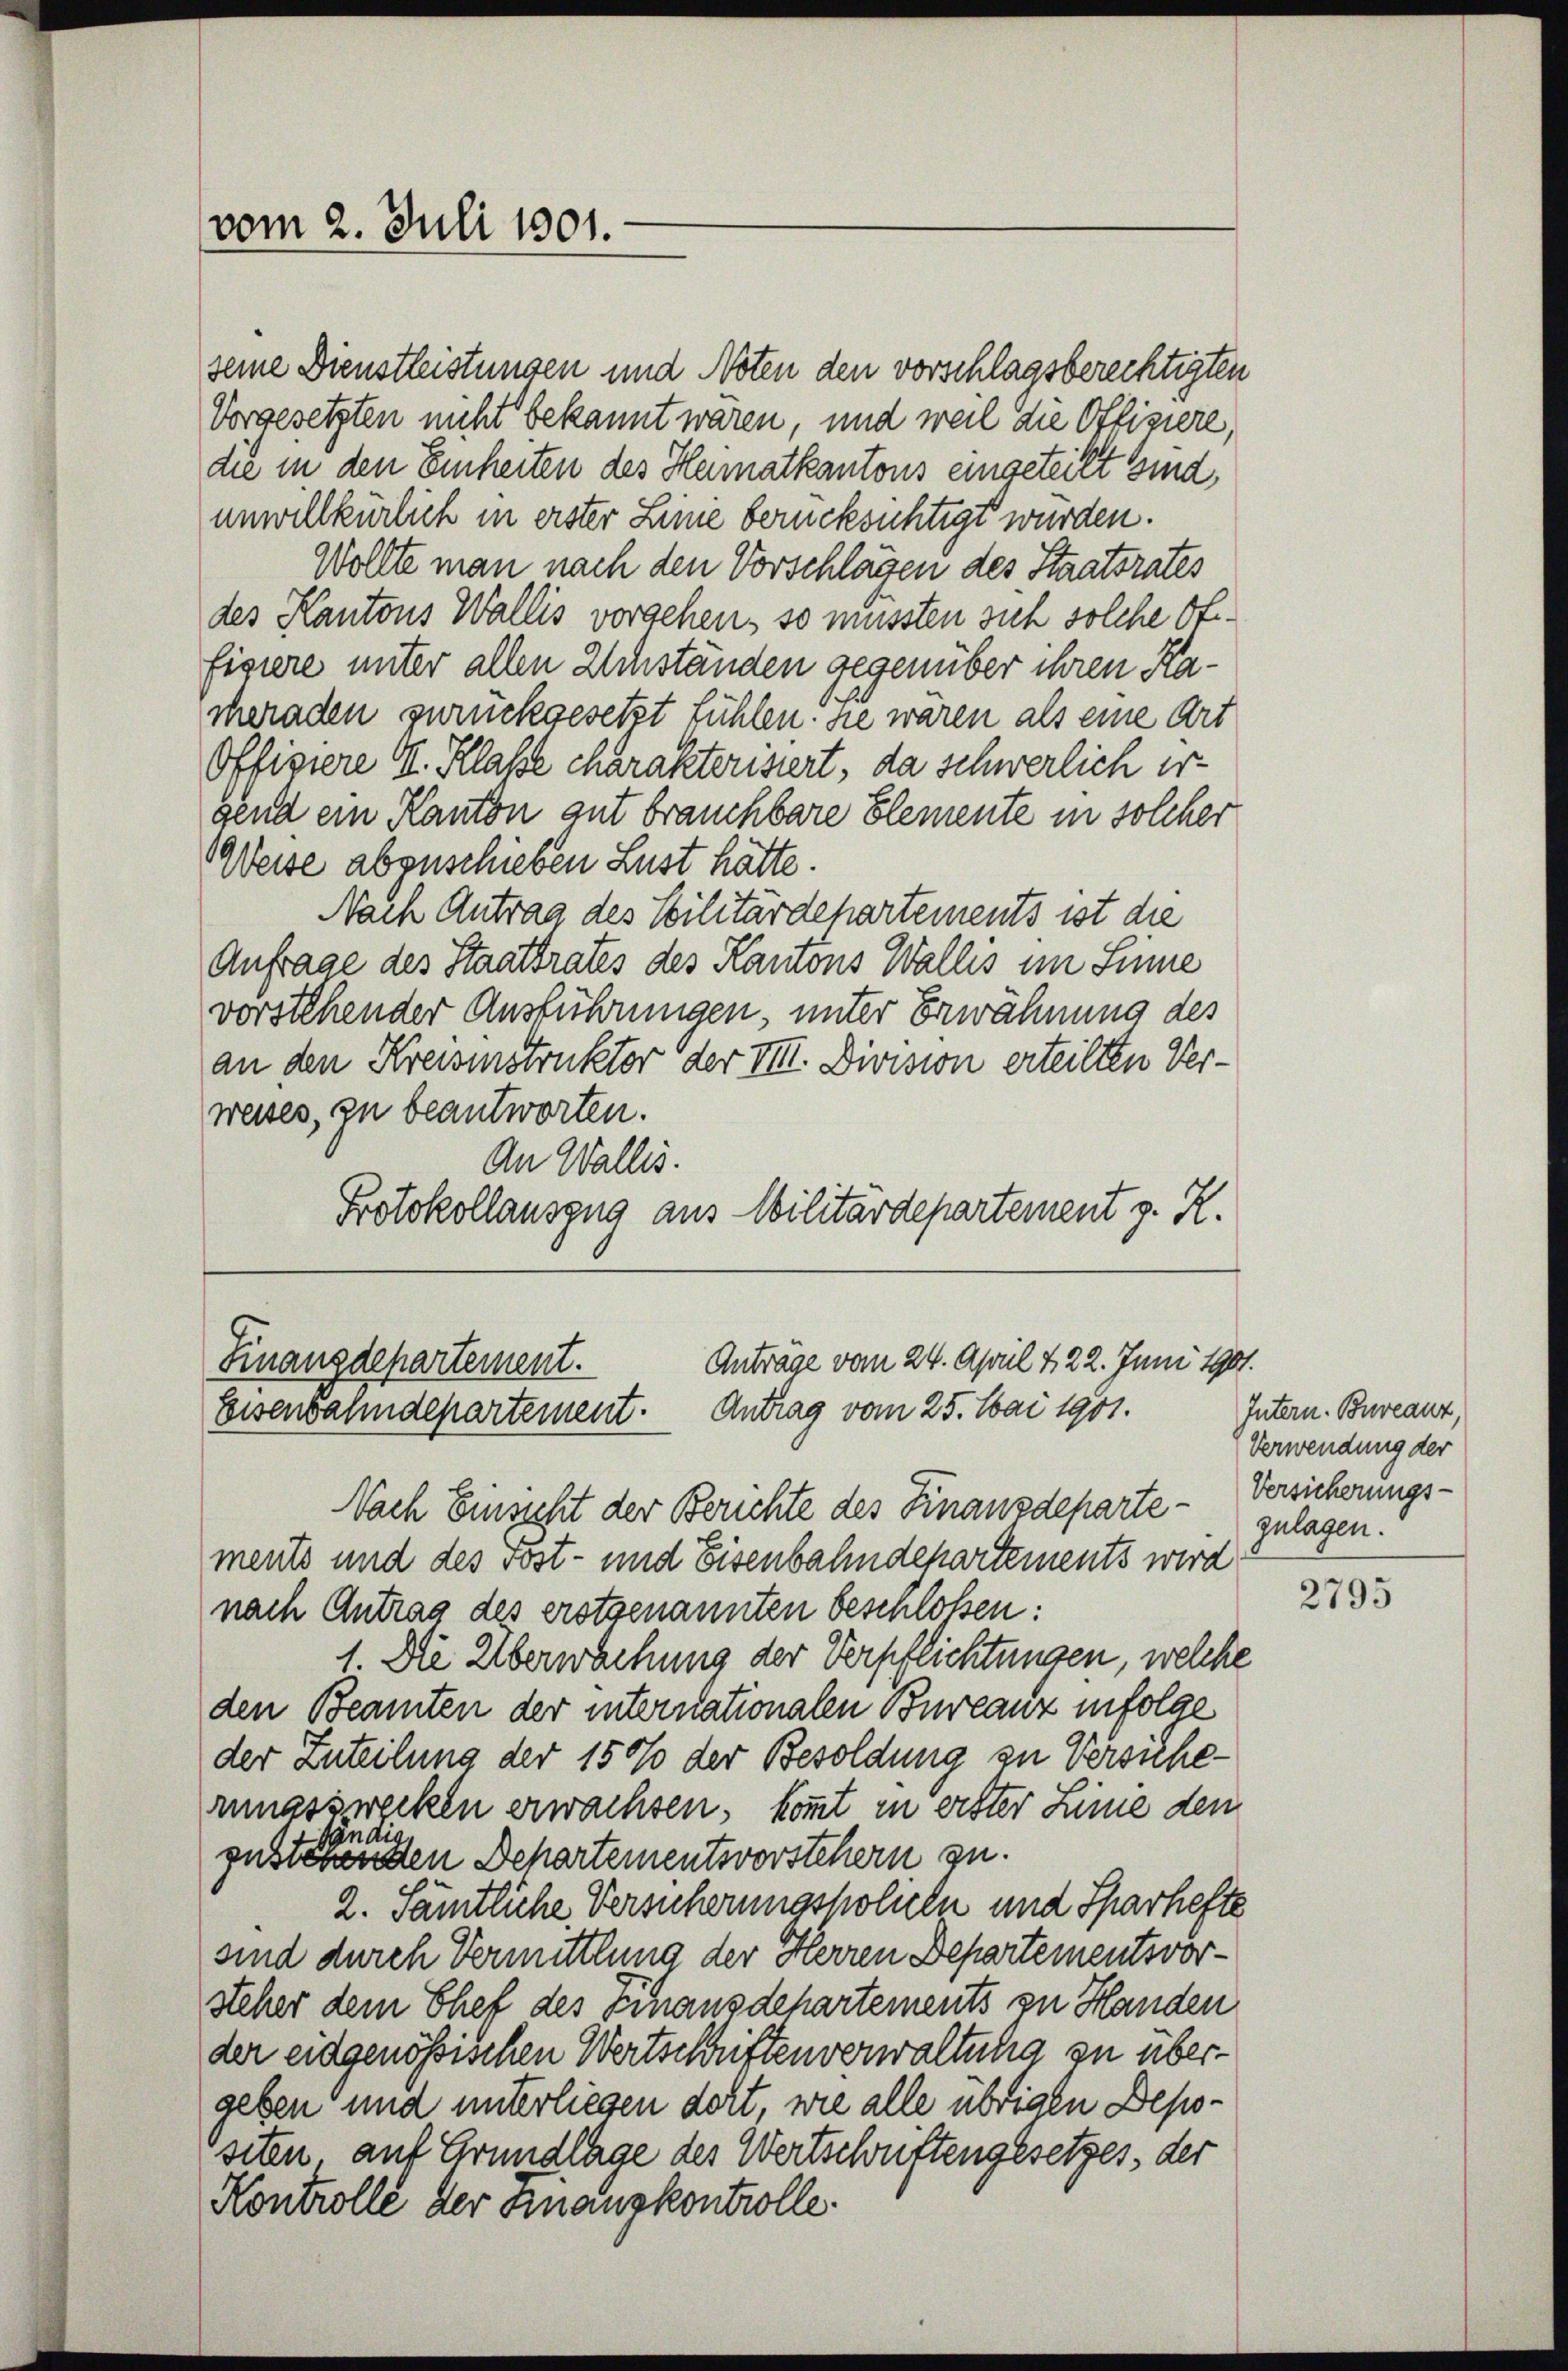
seine Dienstleistungen und Noten den vorschlagsberechtigten
Vorgesetzten nicht bekannt wären, und weil die Offiziere,
die in den Einheiten des Hematkantons eingeteilt sind,
unwillkürlich in erster Linie berücksichtigt würden.
Wollte man nach den Vorschlägen des Staatsrates
des Kantons Wallis vorgehen, so mussten sich solche Offisiere unter allen Achständen gegenüber ihren Kacheraden zurückgesetzt fühlen. Sie wären als eine Art
Offiziere I. Klasse charakterisiert, da schwerlich ergend ein Kanton gut brauchbare Elemente in solcher
Weise abzuschieben Lust hätte.
Nach Antrag des Stilitärdepartements ist die
Anfrage des Staatsrates des Kantons Wallis im Sinne
vorstehender Ausführungen, unter Erwähnung des
an den Kreisinstruktor der VIII. Division erteilten Verweises, zu beantworten.
An Wallis.
Protokollauszug aus Militärdepartement z. R.

vom 2. Juli 1801.

Anträge vom 24. April 122. Juni 1901.
Finanzdepartement.
Eisenbahndepartement. Antrag vom 25. Mai 1901.

Nach Einsicht der Berichte des Finanzdeparte Versicherungsmerts und des Fost- und Eisenbahndepartements wird
nach Antrag des erstgenannten beschloßen:
1. Die Überwachung der Verpflichtungen, welche
den Beamten der internationalen Bureauz infolge
der Zuteilung der 1500 der Besoldung zu Versichenngszwecken erwachsen, kommt in erster Linie den
lie
syn.
zustehenden Schartementsvorstehern zu.
2. Sämtliche Versicherungsholieln und Sparhefte
sind durch Vermittlung der Herren Departementsvorsteher dem Chef des Finanzdepartements zu Handen
der eidgenössischen Wertschriften verwaltung zu übergeben und unterliegen dort, wie alle übrigen Depositen auf Grundlage des Wertschrittengesetzes, der
Kontrolle der Finanzkontrolle.

Intern. Bureauz.
Verwendung der
zulagen.

2795